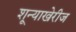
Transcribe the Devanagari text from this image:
शून्याखेरीज